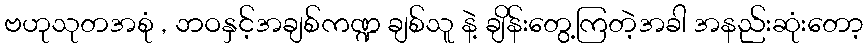
ဗဟုသုတအစုံ , ဘဝနှင့်အချစ်ကဏ္ဍ ချစ်သူ နဲ့ ချိန်းတွေ့ကြတဲ့အခါ အနည်းဆုံးတော့